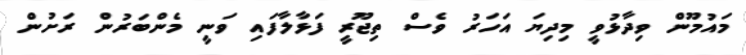
މައުމޫން ވިދާޅުވީ މިދިޔަ އަހަރު ވެސް ތިޖޫރީ ފަޅާލާފައި ވަނީ މެންބަރުން ރަށުން